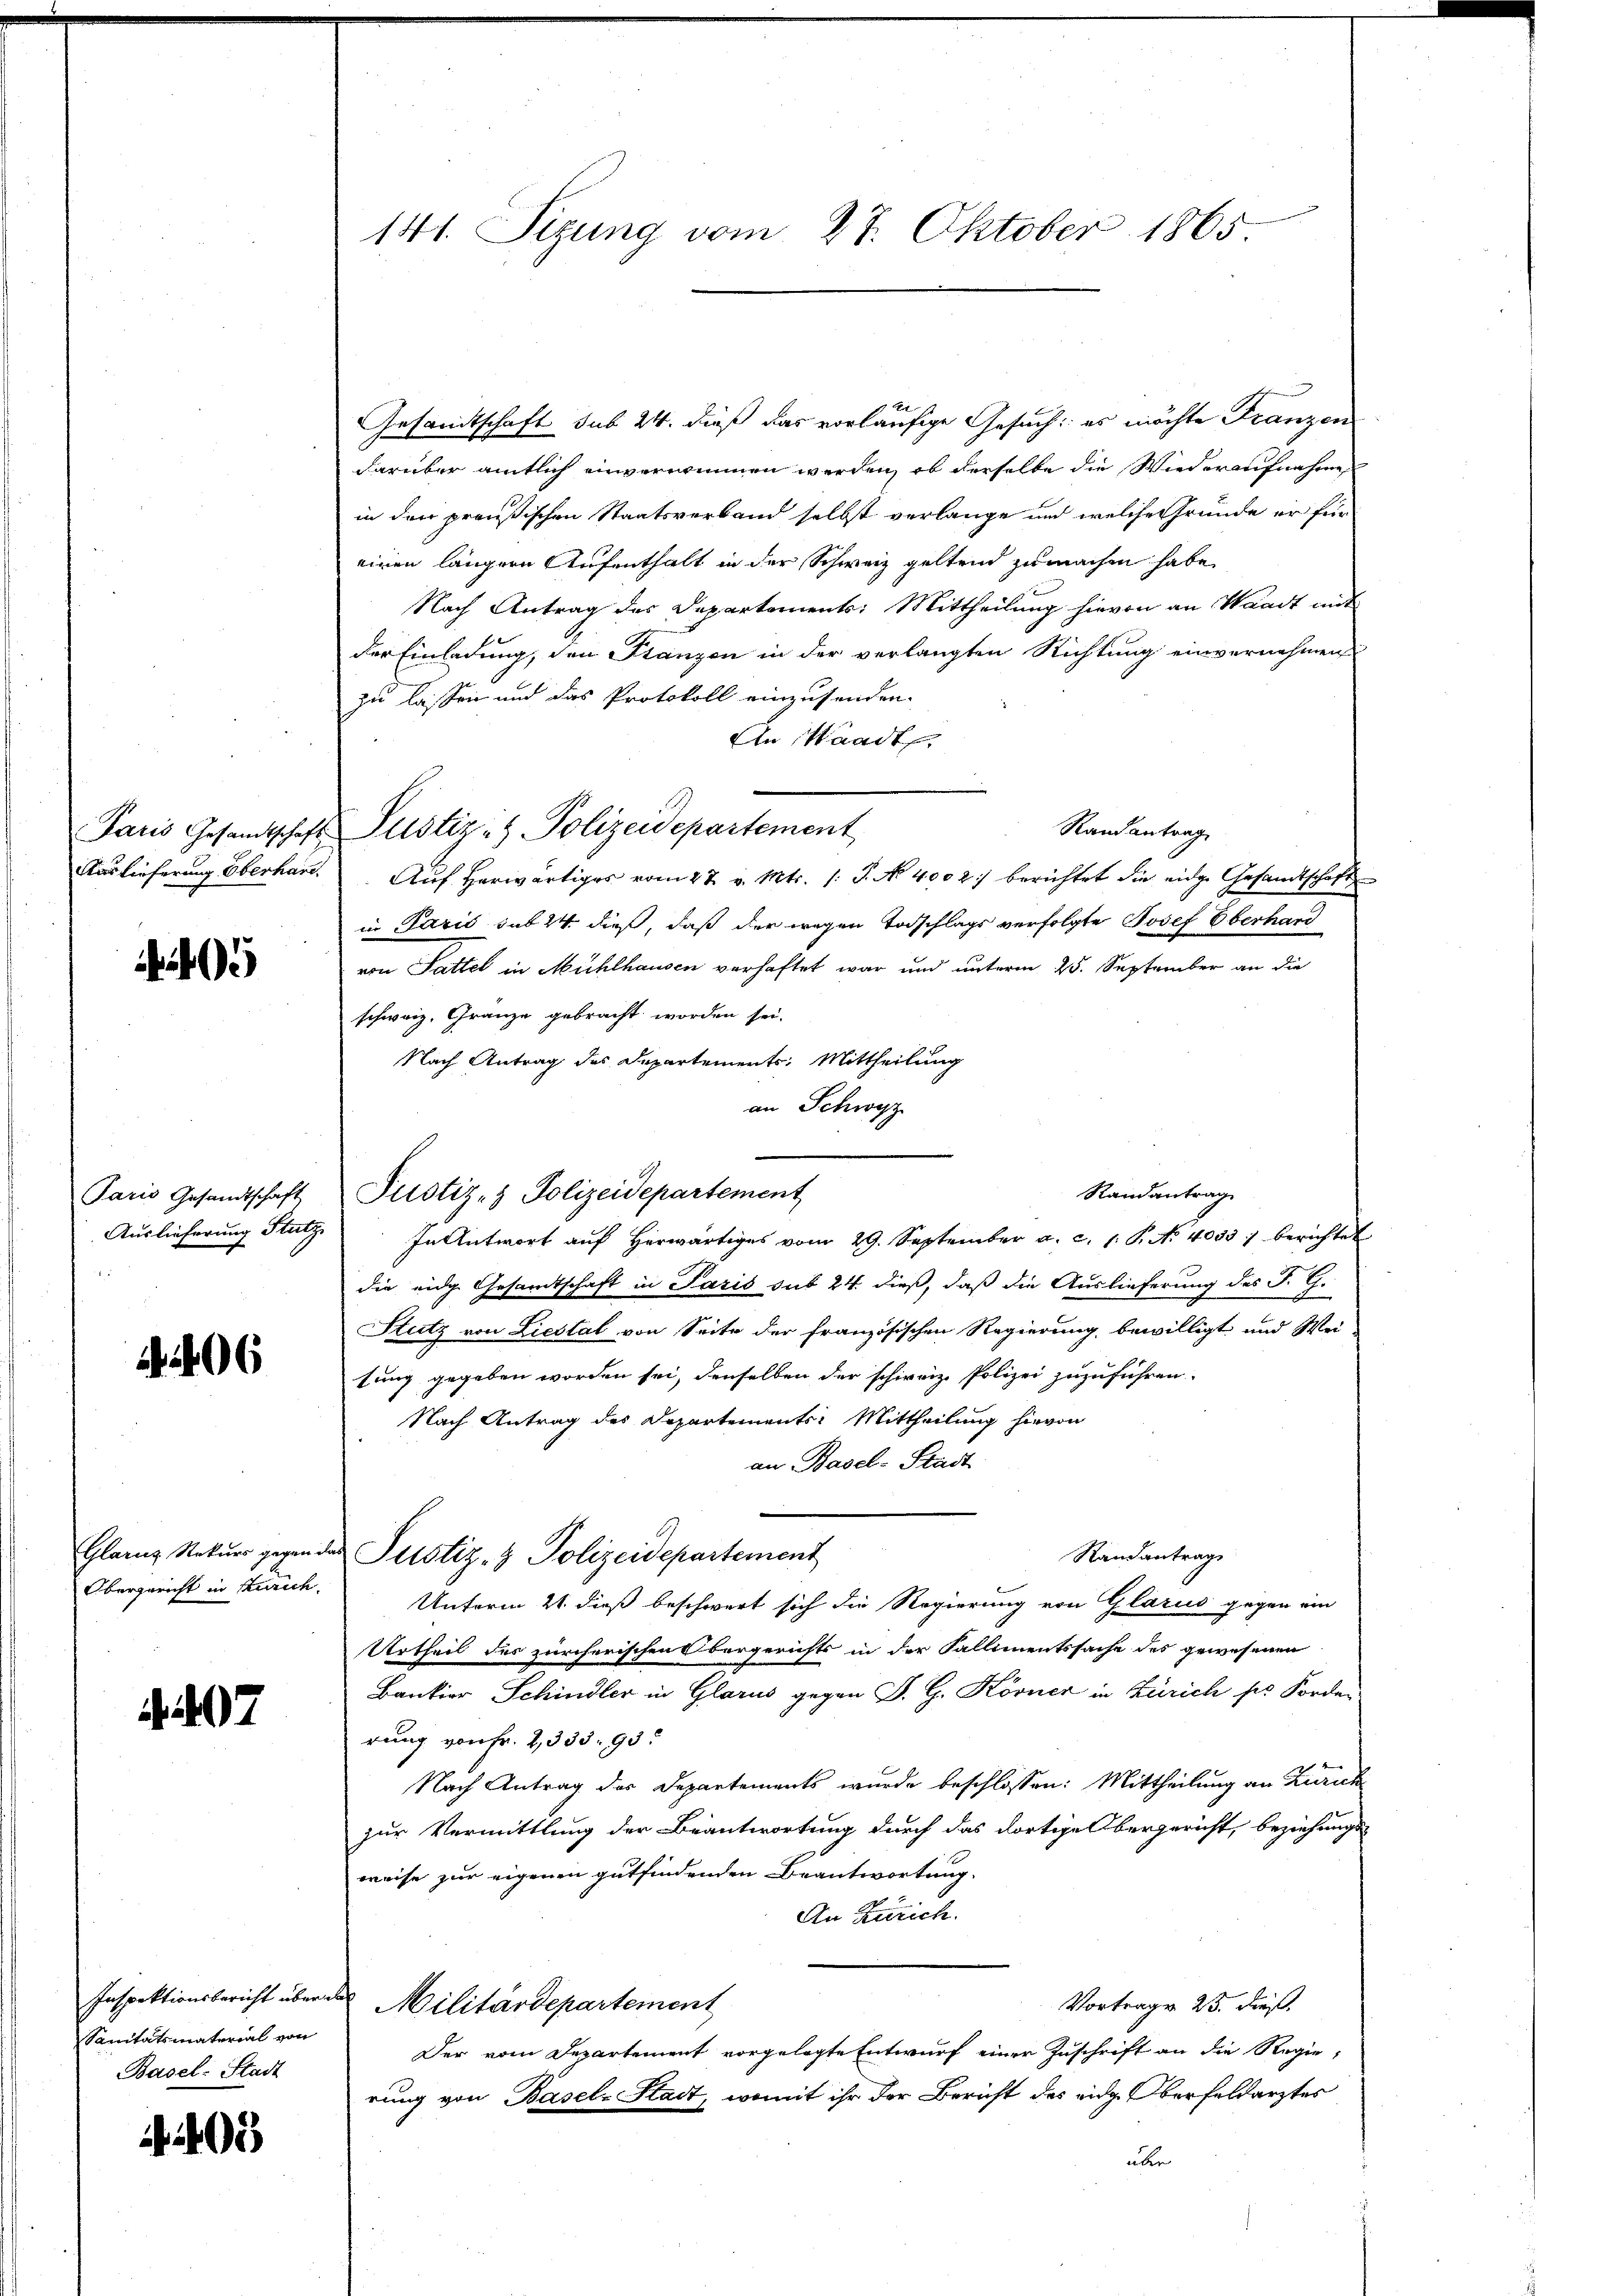
)

206

Obergericht in Kurich.

97

Sanitätsmaterial von
Basel-Stadt

2405

Gesandtschaft sub 24. dieß das vorläufige Gesuch: es möchte Franzen
darüber amtlich einvernimmen werden, ob derselbe die Wiederaufnahme
in den preußischen Staatsverband selbst verlange und welche Gründe er für
einen längere Aufenthalt in der Schweiz geltend zu machen habe.
Nach Antrag des Departements: Mittheilung hievon an Waadt mit
der Einladung, den Stanzen in der verlangten Richtung einvernehmen
zu lassen und das Protokoll einzusenden.
An Waadt,
Randantrag
Paris Gesandtschaft Pustiz- & Polizeidepartement
Auslieferung Eberhan. Aŭf herwärtiges vom 27. v. Mts. /: P. No. 4002) berichtet die eidge Gesandtschaft
in Paris sub 24 dieß, daß der wegen Todschlags verfolgte Josef Oberhand
von Sattel in Mühlhausen verhaftet war und unterm 25. September an die
schweiz. Gränze gebracht worden sei.
Nach Antrag des Departements, Mittheilung
an Schwyz
Randantrag
Auslieferung Statz. In Antwort aŭf herwärtiges vom 29. September a. c. 1. P. No 4033) berichtet
die eidg. Gesandtschaft in Paris sub 24. dieß, daß die Auslieferung des J. G.
Stutz von Liestal von Seite der Französischen Regierung bewilligt und Wei-
tung gegeben worden sei, denselben der schweiz. Polizei zuzuführen.
Nach Antrag des Departements: Mittheilung hievon
an Basel-Stadt
Glanz Rekŭrr gegen der Perstiz- & Polizeidepartement
Randantrag
Unterm 21. dieß beschwert sich die Regierung von Glarus gegen ein
Urtheil des zürcherischen Obergerichts in der Fallimentssache des gewesenen
Bankier Schindler in Glarus gegen P. G. Körner in Zürich sie Forde
rung von Fr. 2,333. 93.
Nach Antrag des Departements wurde beschlossen: Mittheilung an Zürich
zur Vermittlung der Beantwortung durch das dortige Obergericht, beziehungs
weise zur eigenen gutfindenden Beantwortung.
An Zürich.
Inspektionsbericht über Militärdepartement
Vortrage 23. dieß.
Der vom Departement vorgelegte Entwurf einer Zuschrift an die Regierung von Basel-Stadt, womit ihr der Bericht des eidg. Oberfeldarztes
über

141. Sizung vom 27. Oktober 1865

Paris Gesandtschaft Pustiz- & Polizeidepartement